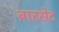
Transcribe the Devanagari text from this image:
बारसेट